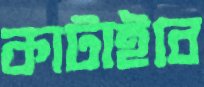
কাটাইবে